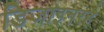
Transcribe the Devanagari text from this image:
डिजाइनरहै